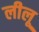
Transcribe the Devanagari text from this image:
लीलू